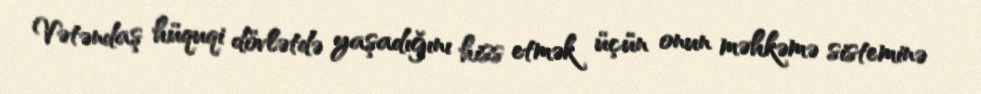
Vətəndaş hüquqi dövlətdə yaşadığını hiss etmək üçün onun məhkəmə sisteminə